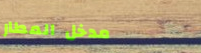
مدخل المطار